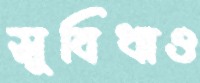
সুবিধাও